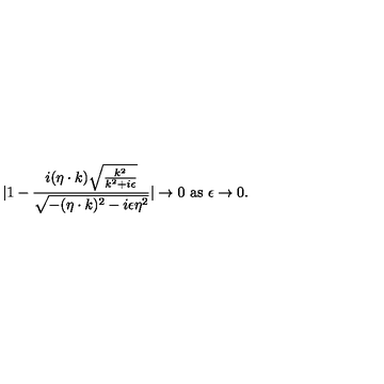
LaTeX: | 1 - { \frac { i ( \eta \cdot k ) \sqrt { { \frac { k ^ { 2 } } { k ^ { 2 } + i \epsilon } } } } { \sqrt { - ( \eta \cdot k ) ^ { 2 } - i \epsilon \eta ^ { 2 } } } } | \to 0 \ \mathrm { a s } \ \epsilon \to 0 .